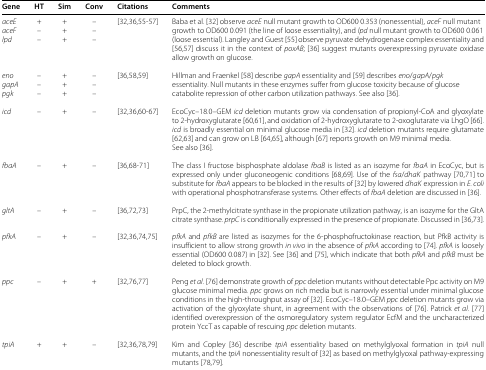
<table><thead><tr><td><b>Gene</b></td><td><b>HT</b></td><td><b>Sim</b></td><td><b>Conv</b></td><td><b>Citations</b></td><td><b>Comments</b></td></tr></thead><tbody><tr><td><i>aceE</i></td><td>+</td><td>+</td><td>–</td><td>[32,36,55-57]</td><td>Baba et al. [32] observe <i>aceE</i> null mutant growth to OD600 0.353 (nonessential), <i>aceF</i> null mutant</td></tr><tr><td><i>aceF</i></td><td>–</td><td>+</td><td>–</td><td> </td><td>growth to OD600 0.091 (the line of loose essentiality), and <i>lpd</i> null mutant growth to OD600 0.061</td></tr><tr><td><i>lpd</i></td><td>–</td><td>+</td><td>–</td><td> </td><td>(loose essential). Langley and Guest [55] observe pyruvate dehydrogenase complex essentiality and [56,57] discuss it in the context of <i>poxAB</i>; [36] suggest mutants overexpressing pyruvate oxidase allow growth on glucose.</td></tr><tr><td><i>eno</i></td><td>–</td><td>+</td><td>–</td><td>[36,58,59]</td><td>Hillman and Fraenkel [58] describe <i>gapA</i> essentiality and [59] describes <i>eno</i>/<i>gapA</i>/<i>pgk</i></td></tr><tr><td><i>gapA</i></td><td>–</td><td>+</td><td>–</td><td> </td><td>essentiality. Null mutants in these enzymes suffer from glucose toxicity because of glucose</td></tr><tr><td><i>pgk</i></td><td>–</td><td>+</td><td>–</td><td> </td><td>catabolite repression of other carbon utilization pathways. See also [36].</td></tr><tr><td><i>icd</i></td><td>–</td><td>+</td><td>–</td><td>[32,36,60-67]</td><td>EcoCyc–18.0–GEM <i>icd</i> deletion mutants grow via condensation of propionyl-CoA and glyoxylate to 2-hydroxyglutarate [60,61], and oxidation of 2-hydroxyglutarate to 2-oxoglutarate via LhgO [66]. <i>icd</i> is broadly essential on minimal glucose media in [32]. <i>icd</i> deletion mutants require glutamate [62,63] and can grow on LB [64,65], although [67] reports growth on M9 minimal media. See also [36].</td></tr><tr><td><i>fbaA</i></td><td>–</td><td>+</td><td>–</td><td>[36,68-71]</td><td>The class I fructose bisphosphate aldolase <i>fbaB</i> is listed as an isozyme for <i>fbaA</i> in EcoCyc, but is expressed only under gluconeogenic conditions [68,69]. Use of the <i>fsa</i>/<i>dhaK</i> pathway [70,71] to substitute for <i>fbaA</i> appears to be blocked in the results of [32] by lowered <i>dhaK</i> expression in <i>E. coli</i> with operational phosphotransferase systems. Other effects of <i>fbaA</i> deletion are discussed in [36].</td></tr><tr><td><i>gltA</i></td><td>–</td><td>+</td><td>–</td><td>[36,72,73]</td><td>PrpC, the 2-methylcitrate synthase in the propionate utilization pathway, is an isozyme for the GltA citrate synthase. <i>prpC</i> is conditionally expressed in the presence of propionate. Discussed in [36,73].</td></tr><tr><td><i>pfkA</i></td><td>–</td><td>+</td><td>–</td><td>[32,36,74,75]</td><td><i>pfkA</i> and <i>pfkB</i> are listed as isozymes for the 6-phosphofructokinase reaction, but PfkB activity is insufficient to allow strong growth <i>in vivo</i> in the absence of <i>pfkA</i> according to [74]. <i>pfkA</i> is loosely essential (OD600 0.087) in [32]. See [36] and [75], which indicate that both <i>pfkA</i> and <i>pfkB</i> must be deleted to block growth.</td></tr><tr><td><i>ppc</i></td><td>–</td><td>+</td><td>+</td><td>[32,76,77]</td><td>Peng <i>et al.</i>[76] demonstrate growth of <i>ppc</i> deletion mutants without detectable Ppc activity on M9 glucose minimal media. <i>ppc</i> grows on rich media but is narrowly essential under minimal glucose conditions in the high-throughput assay of [32]. EcoCyc–18.0–GEM <i>ppc</i> deletion mutants grow via activation of the glyoxylate shunt, in agreement with the observations of [76]. Patrick <i>et al.</i>[77] identified overexpression of the osmoregulatory system regulator EcfM and the uncharacterized protein YccT as capable of rescuing <i>ppc</i> deletion mutants.</td></tr><tr><td><i>tpiA</i></td><td>+</td><td>+</td><td>–</td><td>[32,36,78,79]</td><td>Kim and Copley [36] describe <i>tpiA</i> essentiality based on methylglyoxal formation in <i>tpiA</i> null mutants, and the <i>tpiA</i> nonessentiality result of [32] as based on methylglyoxal pathway-expressing mutants [78,79].</td></tr></tbody></table>